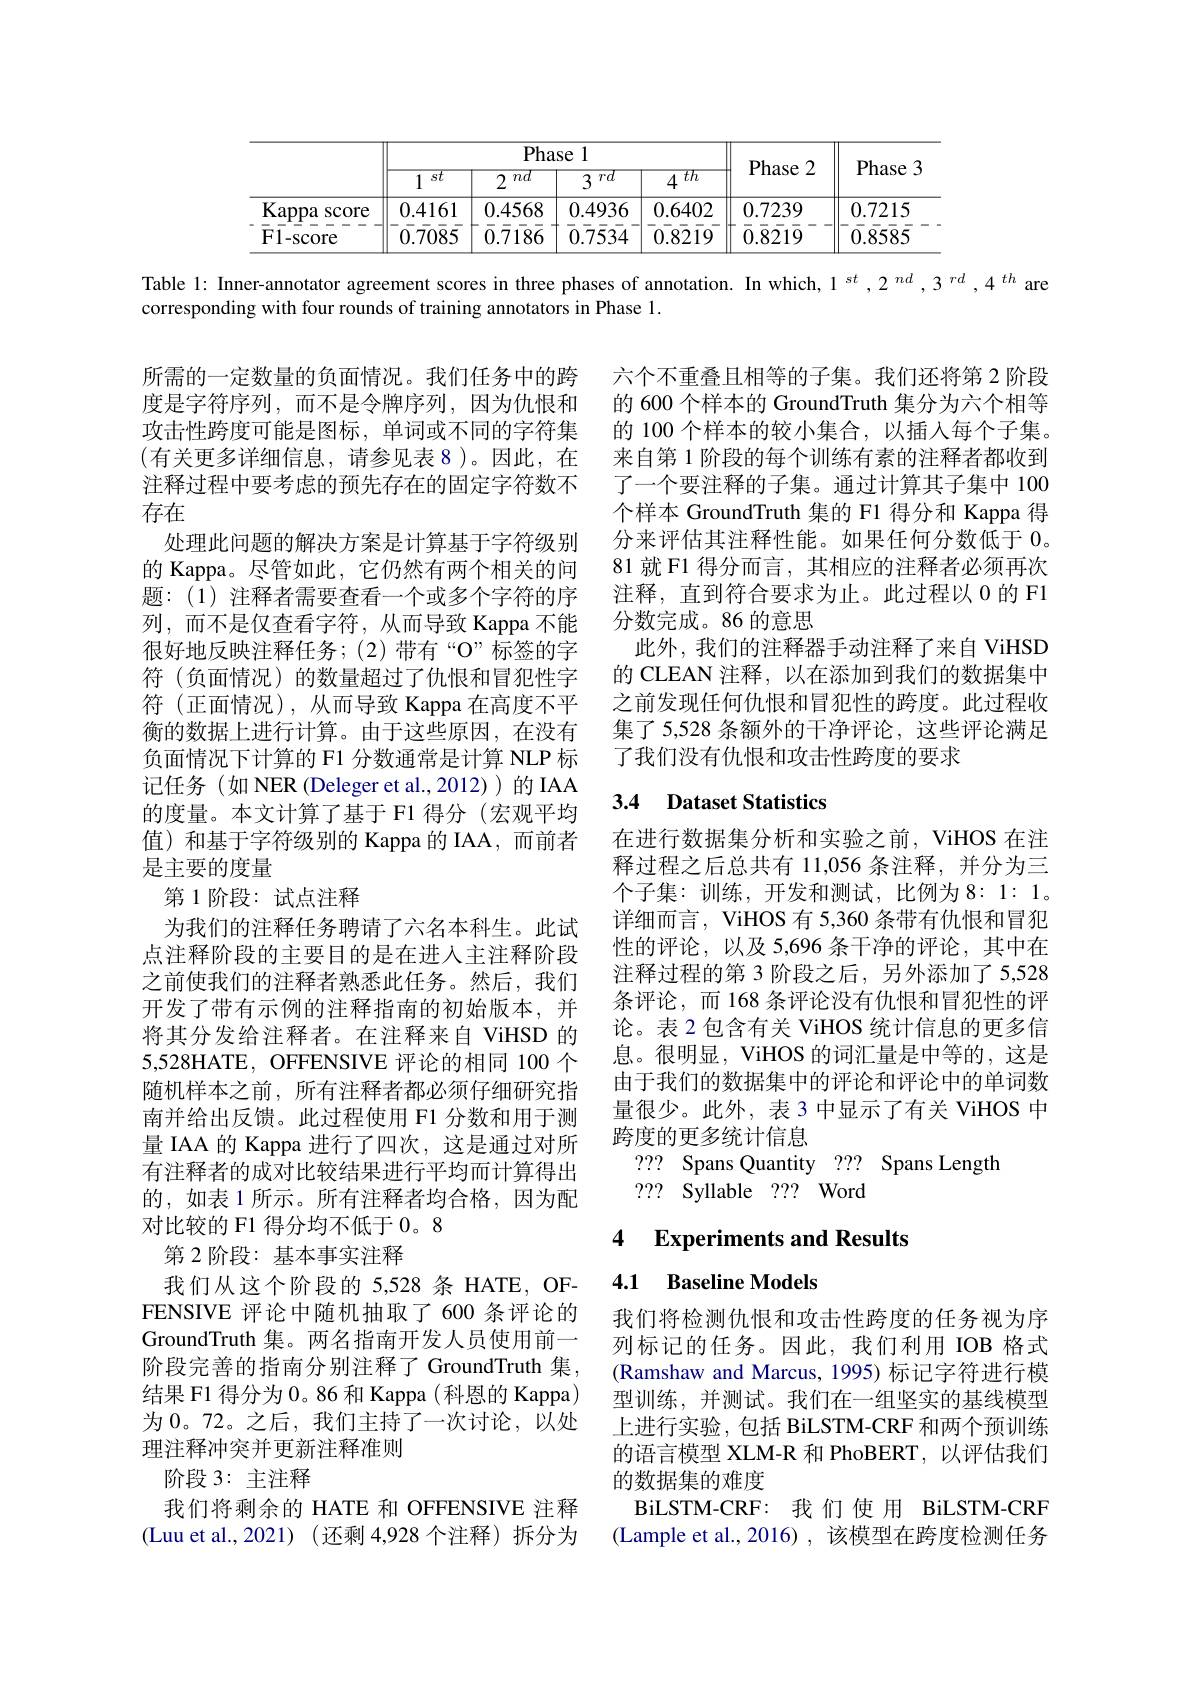
<table>
	<tbody>
		<tr>
			<th> </th>
			<th colspan="4">Phase 1</th>
			<th rowspan="2">Phase 2</th>
			<th rowspan="2">Phase 3</th>
		</tr>
		<tr>
			<th> </th>
			<th>1 $st$</th>
			<th>2 $nd$</th>
			<th>3 $rd$</th>
			<th>$th$ 4</th>
		</tr>
		<tr>
			<td>Kappa SCOre 1</td>
			<td>0.4161</td>
			<td>0.4568</td>
			<td>0.4936</td>
			<td>0.6402</td>
			<td>0.7239</td>
			<td>0.7215</td>
		</tr>
		<tr>
			<td>$\mathbf{F1-score}$</td>
			<td>0.7085</td>
			<td>$\bar{0}.\bar{7}18\bar{6}$</td>
			<td>$\bar{0}.\bar{7}\bar{5}\bar{34}$</td>
			<td>0.8219</td>
			<td>$\bar{0}.\bar{8}\bar{2}1\bar{9}$</td>
			<td>0.8585</td>
		</tr>
	</tbody>
</table>

Table 1: Inner-annotator agreement scores in three phases of annotation. In which, $1^{st},2^{nd},3^{rd},4^{th}$ are
corresponding with four rounds of training annotators in Phase 1.

六个不重叠且相等的子集。我们还将第 2 阶段的 600 个样本的 GroundTruth 集分为六个相等的 100 个样本的较小集合，以插入每个子集。来自第 1 阶段的每个训练有素的注释者都收到了一个要注释的子集。通过计算其子集中 100个样本 GroundTruth 集的 F1 得分和 Kappa 得分来评估其注释性能。如果任何分数低于0。81 就 F1 得分而言，其相应的注释者必须再次注释，直到符合要求为止。此过程以 0 的 F1分数完成。86 的意思
此外，我们的注释器手动注释了来自 ViHSD 的 CLEAN 注释，以在添加到我们的数据集中之前发现任何仇恨和冒犯性的跨度。此过程收集了 5,528 条额外的干净评论，这些评论满足了我们没有仇恨和攻击性跨度的要求

## 3.4 Dataset Statistics

所需的一定数量的负面情况。我们任务中的跨度是字符序列，而不是令牌序列，因为仇恨和攻击性跨度可能是图标，单词或不同的字符集(有关更多详细信息，请参见表 8)。因此，在注释过程中要考虑的预先存在的固定字符数不存在
处理此问题的解决方案是计算基于字符级别的 Kappa。尽管如此，它仍然有两个相关的问题：(1)注释者需要查看一个或多个字符的序列，而不是仅查看字符，从而导致 Kappa 不能很好地反映注释任务；(2)带有“O”标签的字符(负面情况)的数量超过了仇恨和冒犯性字符(正面情况),从而导致 Kappa 在高度不平衡的数据上进行计算。由于这些原因，在没有负面情况下计算的 F1 分数通常是计算 NLP 标记任务(如 NER (Deleger et al.,2012))的 IAA 的度量。本文计算了基于 F1 得分(宏观平均值) 和基于字符级别的 Kappa 的 IAA, 而前者是主要的度量
第 1 阶段：试点注释
为我们的注释任务聘请了六名本科生。此试点注释阶段的主要目的是在进入主注释阶段之前使我们的注释者熟悉此任务。然后，我们开发了带有示例的注释指南的初始版本，并将其分发给注释者。在注释来自 ViHSD 的5,528HATE, OFFENSIVE 评论的相同 100 个随机样本之前，所有注释者都必须仔细研究指南并给出反馈。此过程使用 F1 分数和用于测量 IAA 的 Kappa 进行了四次，这是通过对所有注释者的成对比较结果进行平均而计算得出的，如表 1 所示。所有注释者均合格，因为配对比较的 F1 得分均不低于 0。8
第 2 阶段：基本事实注释
我们从这个阶段的 5,528 条 HATE, OFFENSIVE 评论中随机抽取了600 条评论的GroundTruth 集。两名指南开发人员使用前一阶段完善的指南分别注释了 GroundTruth 集， 结果 F1 得分为 0。86 和 Kappa (科恩的 Kappa) 为 0。72。之后，我们主持了一次讨论，以处理注释冲突并更新注释准则
阶段 3: 主注释
我们将剩余的 HATE 和 OFFENSIVE 注释(Luu et al.,2021)(还剩 4,928 个注释)拆分为

在进行数据集分析和实验之前，ViHOS 在注释过程之后总共有 11,056 条注释，并分为三个子集：训练，开发和测试，比例为 8: 1: 1。详细而言，ViHOS 有 5,360 条带有仇恨和冒犯性的评论，以及 5,696 条干净的评论，其中在注释过程的第 3 阶段之后，另外添加了 5,528条评论，而 168 条评论没有仇恨和冒犯性的评论。表 2 包含有关 ViHOS 统计信息的更多信息。很明显，ViHOS 的词汇量是中等的，这是由于我们的数据集中的评论和评论中的单词数量很少。此外，表 3 中显示了有关 ViHOS 中跨度的更多统计信息
??? Spans Quantity ??? Spans Length
??? Syllable ??? Word

# 4 Experiments and Results

# 4.1 Baseline Models

我们将检测仇恨和攻击性跨度的任务视为序列标记的任务。因此，我们利用 IOB 格式(Ramshaw and Marcus, 1995) 标记字符进行模型训练，并测试。我们在一组坚实的基线模型上进行实验，包括 BiLSTM-CRF 和两个预训练的语言模型 XLM-R 和 PhoBERT, 以评估我们的数据集的难度
BiLSTM-CRF: 我们使用 BiLSTM-CRF (Lample et al.,2016),该模型在跨度检测任务